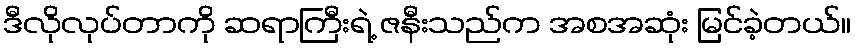
ဒီလိုလုပ်တာကို ဆရာကြီးရဲ့ ဇနီးသည်က အစအဆုံး မြင်ခဲ့တယ်။